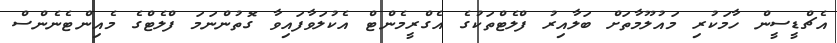
އެޗްޑީސީން ހާމަކުރި މައުލޫމާތަށް ބަލާއިރު ފްލެޓްތަކުގެ އެގްރީމެންޓް އެކުލަވާފައިވާ ގޮތުންނަމަ ފްލެޓްގެ މެއިންޓެނެންސް